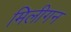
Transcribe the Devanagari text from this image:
मिलीगन